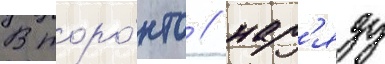
В торо́нто / нар'яду